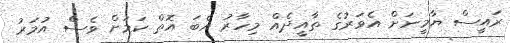
ރައީސް ޔާމީނަށް އެވަރުގެ ތާއީދެއް މިހާރު އެބަ އޮތް ކަމަށް ވެސް އުމަރު